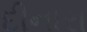
દીનારા